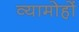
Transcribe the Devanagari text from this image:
व्यामोहों